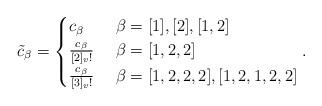
LaTeX: \begin{align*} \tilde{c}_{\beta}= \begin{cases} c_{\beta} & \ \beta=[1],[2],[1,2]\\ \frac{c_{\beta}}{[2]_{v}!} & \ \beta=[1,2,2]\\ \frac{c_{\beta}}{[3]_{v}!} & \ \beta=[1,2,2,2],[1,2,1,2,2] \end{cases}.\end{align*}